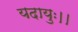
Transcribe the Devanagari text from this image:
यदायुः।।